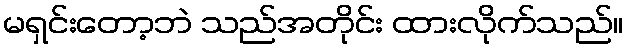
မရှင်းတော့ဘဲ သည်အတိုင်း ထားလိုက်သည်။